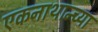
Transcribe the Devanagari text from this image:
एकनाथान्च्या